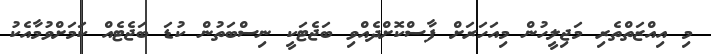
މި އިއްޒަތްތެރި މަޖިލީހުން މިއަހަރަށް ފާސްކޮށްދެއްވި ބަޖެޓަކީ ނިސްބަތުން ކުޑަ ބަޖެޓެއް ކަމަށްވުމާއެކު